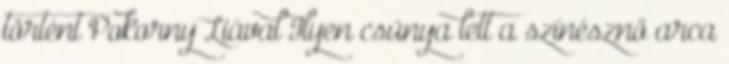
történt Pokorny Liával Ilyen csúnya lett a színésznő arca